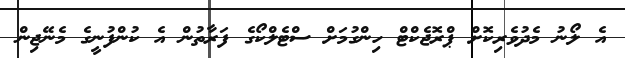
އެ ލޯނު މެދުވެރިކޮށް ޕްރޮޖެކްޓް ހިންގުމަށް ސްޓެލްކޯގެ ފަރާތުން އެ ކުންފުނީގެ މެނޭޖިން